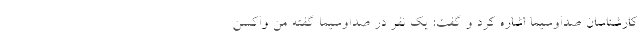
کارشناسان صداوسیما اشاره کرد و گفت: یک نفر در صداوسیما گفته من واکسن